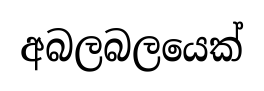
අබලබලයෙක්